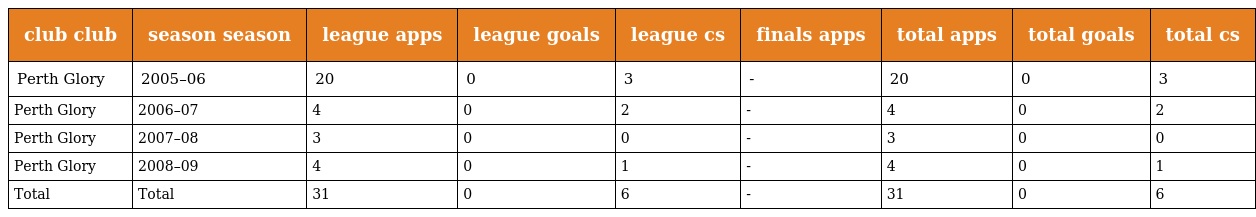
| club club | season season | league apps | league goals | league cs | finals apps | total apps | total goals | total cs |
 | --- | --- | --- | --- | --- | --- | --- | --- | --- |
 | Perth Glory | 2005–06 | 20 | 0 | 3 | - | 20 | 0 | 3 |
 | Perth Glory | 2006–07 | 4 | 0 | 2 | - | 4 | 0 | 2 |
 | Perth Glory | 2007–08 | 3 | 0 | 0 | - | 3 | 0 | 0 |
 | Perth Glory | 2008–09 | 4 | 0 | 1 | - | 4 | 0 | 1 |
 | Total | Total | 31 | 0 | 6 | - | 31 | 0 | 6 |